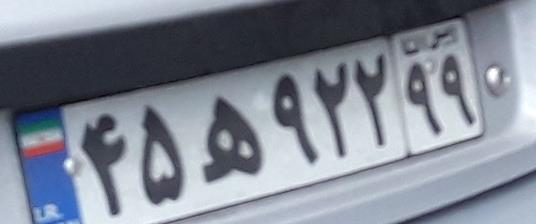
۴۵ه۹۲۲۹۹